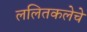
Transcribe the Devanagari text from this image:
ललितकलेचे